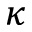
\kappa